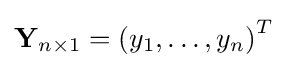
\mathbf {Y} _{n\times 1}=\left(y_{1},\ldots ,y_{n}\right)^{T}